Indian journal of veterinary science and animal husbandry - Volumes 15-17, 1948-1951
Year: 1948
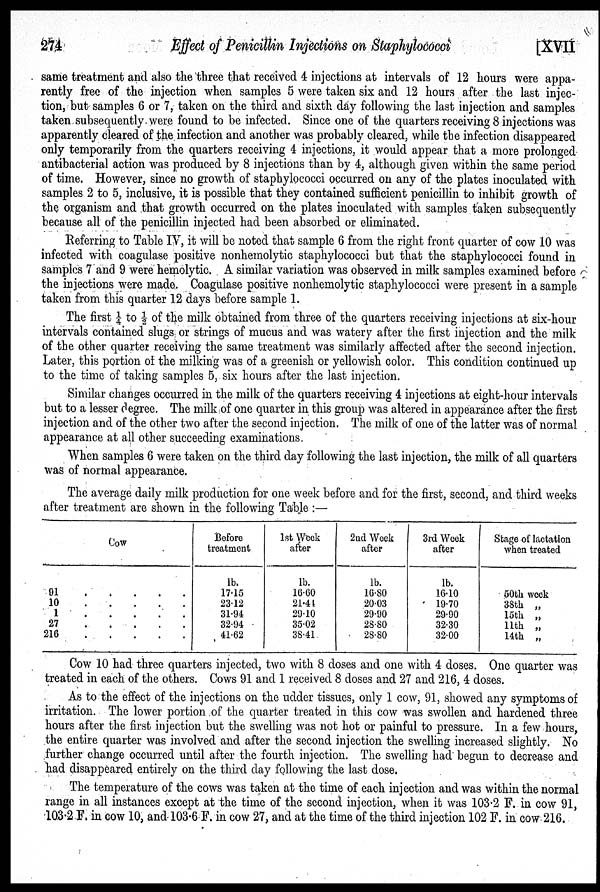
274
Effect of Penicillin Injections on Staphylococci
[XVII
same treatment and also the three that received 4 injections at intervals of 12 hours were appa-
rently free of the injection when samples 5 were taken six and 12 hours after the last injec-
tion, but samples 6 or 7, taken on the third and sixth day following the last injection and samples
taken subsequently were found to be infected. Since one of the quarters receiving 8 injections was
apparently cleared of the infection and another was probably cleared, while the infection disappeared
only temporarily from the quarters receiving 4 injections, it would appear that a more prolonged
antibacterial action was produced by 8 injections than by 4, although given within the same period
of time. However, since no growth of staphylococci occurred on any of the plates inoculated with
samples 2 to 5, inclusive, it is possible that they contained sufficient penicillin to inhibit growth of
the organism and that growth occurred on the plates inoculated with samples taken subsequently
because all of the penicillin injected had been absorbed or eliminated.
Referring to Table IV, it will be noted that sample 6 from the right front quarter of cow 10 was
infected with coagulase positive nonhemolytic staphylococci but that the staphylococci found in
samples 7 and 9 were hemolytic. A similar variation was observed in milk samples examined before
the injections were made. Coagulase positive nonhemolytic staphylococci were present in a sample
taken from this quarter 12 days before sample 1.
The first ¼ to ½ of the milk obtained from three of the quarters receiving injections at six-hour
intervals contained slugs or strings of mucus and was watery after the first injection and the milk
of the other quarter receiving the same treatment was similarly affected after the second injection.
Later, this portion of the milking was of a greenish or yellowish color. This condition continued up
to the time of taking samples 5, six hours after the last injection.
Similar changes occurred in the milk of the quarters receiving 4 injections at eight-hour intervals
but to a lesser degree. The milk of one quarter in this group was altered in appearance after the first
injection and of the other two after the second injection. The milk of one of the latter was of normal
appearance at all other succeeding examinations.
When samples 6 were taken on the third day following the last injection, the milk of all quarters
was of normal appearance.
The average daily milk production for one week before and for the first, second, and third weeks
after treatment are shown in the following Table:—
Cow
91.
.
.
.
.
10.
.
.
.
.
1.
.
.
.
.
27
.
.
.
.
.
216.
.
.
.
.
Before
treatment
lb.
17.15
23.12
31.94
32.94
41.62
1st Week
after
lb.
16.60
21.41
29.10
35.02
38.41
2nd Week
after
lb.
16.80
20.03
29.90
28.80
28.80
3rd Week
after
lb.
16.10
19.70
29.90
32.30
32.00
Stage of lactation
when treated
50th week
38th „
15th „
11th „
14th „
Cow 10 had three quarters injected, two with 8 doses and one with 4 doses. One quarter was
treated in each of the others. Cows 91 and 1 received 8 doses and 27 and 216, 4 doses.
As to the effect of the injections on the udder tissues, only 1 cow, 91, showed any symptoms of
irritation. The lower portion of the quarter treated in this cow was swollen and hardened three
hours after the first injection but the swelling was not hot or painful to pressure. In a few hours,
the entire quarter was involved and after the second injection the swelling increased slightly. No
further change occurred until after the fourth injection. The swelling had begun to decrease and
had disappeared entirely on the third day following the last dose.
The temperature of the cows was taken at the time of each injection and was within the normal
range in all instances except at the time of the second injection, when it was 103.2 F. in cow 91,
103.2 F. in cow 10, and 103.6 F. in cow 27, and at the time of the third injection 102 F. in cow 216.